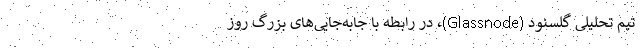
تیم تحلیلی گلسنود (Glassnode)، در رابطه با جابه‌جایی‌های بزرگ روز